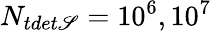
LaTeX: N_{tdet\mathscr{S}}=10^{6},10^{7}